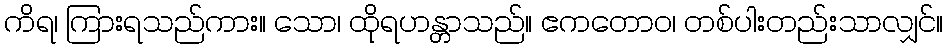
ကိရ၊ ကြားရသည်ကား။ သော၊ ထိုရဟန္တာသည်။ ဧကတောဝ၊ တစ်ပါးတည်းသာလျှင်။